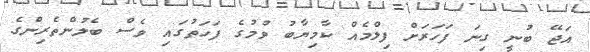
އަޖޭ ބުނީ ގިނަ ފަހަރަށް ފިލްމެއް ކާމިޔާބު ވުމުގެ ފަހަތުގައި ވެސް ބެލުންތެރިންގެ